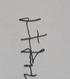
Signature authenticity: genuine